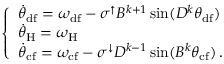
\begin{array} { r } { \left\{ \begin{array} { l l } { \Dot { \theta } _ { \mathrm { d f } } = \omega _ { \mathrm { d f } } - \sigma ^ { \uparrow } B ^ { k + 1 } \sin ( D ^ { k } \theta _ { \mathrm { d f } } ) } \\ { \Dot { \theta } _ { \mathrm { H } } = \omega _ { \mathrm { H } } } \\ { \Dot { \theta } _ { \mathrm { c f } } = \omega _ { \mathrm { c f } } - \sigma ^ { \downarrow } D ^ { k - 1 } \sin ( B ^ { k } \theta _ { \mathrm { c f } } ) \, . } \end{array} \right. } \end{array}